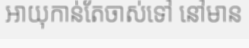
អាយុកាន់តែចាស់ទៅ នៅមាន